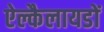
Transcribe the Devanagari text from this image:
ऐल्कैलायडों